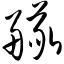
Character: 舣